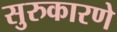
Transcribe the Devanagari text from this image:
सुरुकारणे